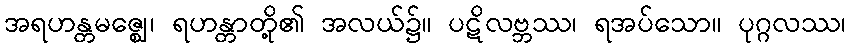
အရဟန္တမဇ္ဈေ၊ ရဟန္တာတို့၏ အလယ်၌။ ပဋိလဗ္ဘဿ၊ ရအပ်သော။ ပုဂ္ဂလဿ၊